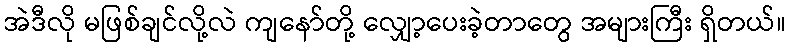
အဲဒီလို မဖြစ်ချင်လို့လဲ ကျနော်တို့ လျှော့ပေးခဲ့တာတွေ အများကြီး ရှိတယ်။